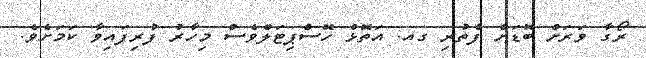
ރޯގާ ވަރަށް ބޮޑަށް ފެތުރި ގއ. އަތޮޅު ހޮސްޕިޓަލްވެސް މިހާރު ފުރިފައިވާ ކަމަށެވެ.